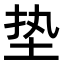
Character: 垫